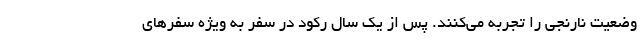
وضعیت نارنجی را تجربه می‌کنند. پس از یک سال رکود در سفر به ویژه سفرهای